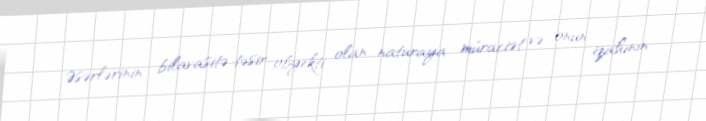
Əsərlərinin bilavasitə təsir obyekti olan naturaya müraciət və onun izahının